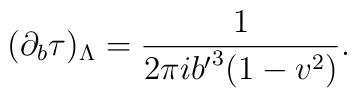
(\partial_b\tau)_\Lambda={1\over 2\pi i {b'}^3(1-v^2)}.